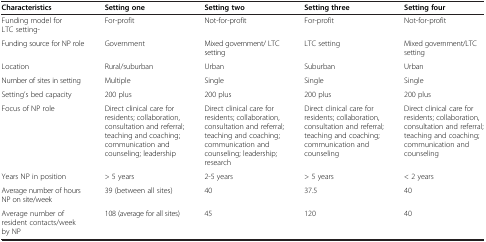
| Characteristics | Setting one | Setting two | Setting three | Setting four |
 | --- | --- | --- | --- | --- |
 | Funding model for LTC setting- | For-profit | Not-for-profit | For-profit | Not-for-profit |
 | Funding source for NP role | Government | Mixed government/ LTC setting | LTC setting | Mixed government/LTC setting |
 | Location | Rural/suburban | Urban | Suburban | Urban |
 | Number of sites in setting | Multiple | Single | Single | Single |
 | Setting’s bed capacity | 200 plus | 200 plus | 200 plus | 200 plus |
 | Focus of NP role | Direct clinical care for residents; collaboration, consultation and referral; teaching and coaching; communication and counseling; leadership | Direct clinical care for residents; collaboration, consultation and referral; teaching and coaching; communication and counseling; leadership; research | Direct clinical care for residents; collaboration, consultation and referral; teaching and coaching; communication and counseling | Direct clinical care for residents; collaboration, consultation and referral; teaching and coaching; communication and counseling |
 | Years NP in position | > 5 years | 2-5 years | > 5 years | < 2 years |
 | Average number of hours NP on site/week | 39 (between all sites) | 40 | 37.5 | 40 |
 | Average number of resident contacts/week by NP | 108 (average for all sites) | 45 | 120 | 40 |